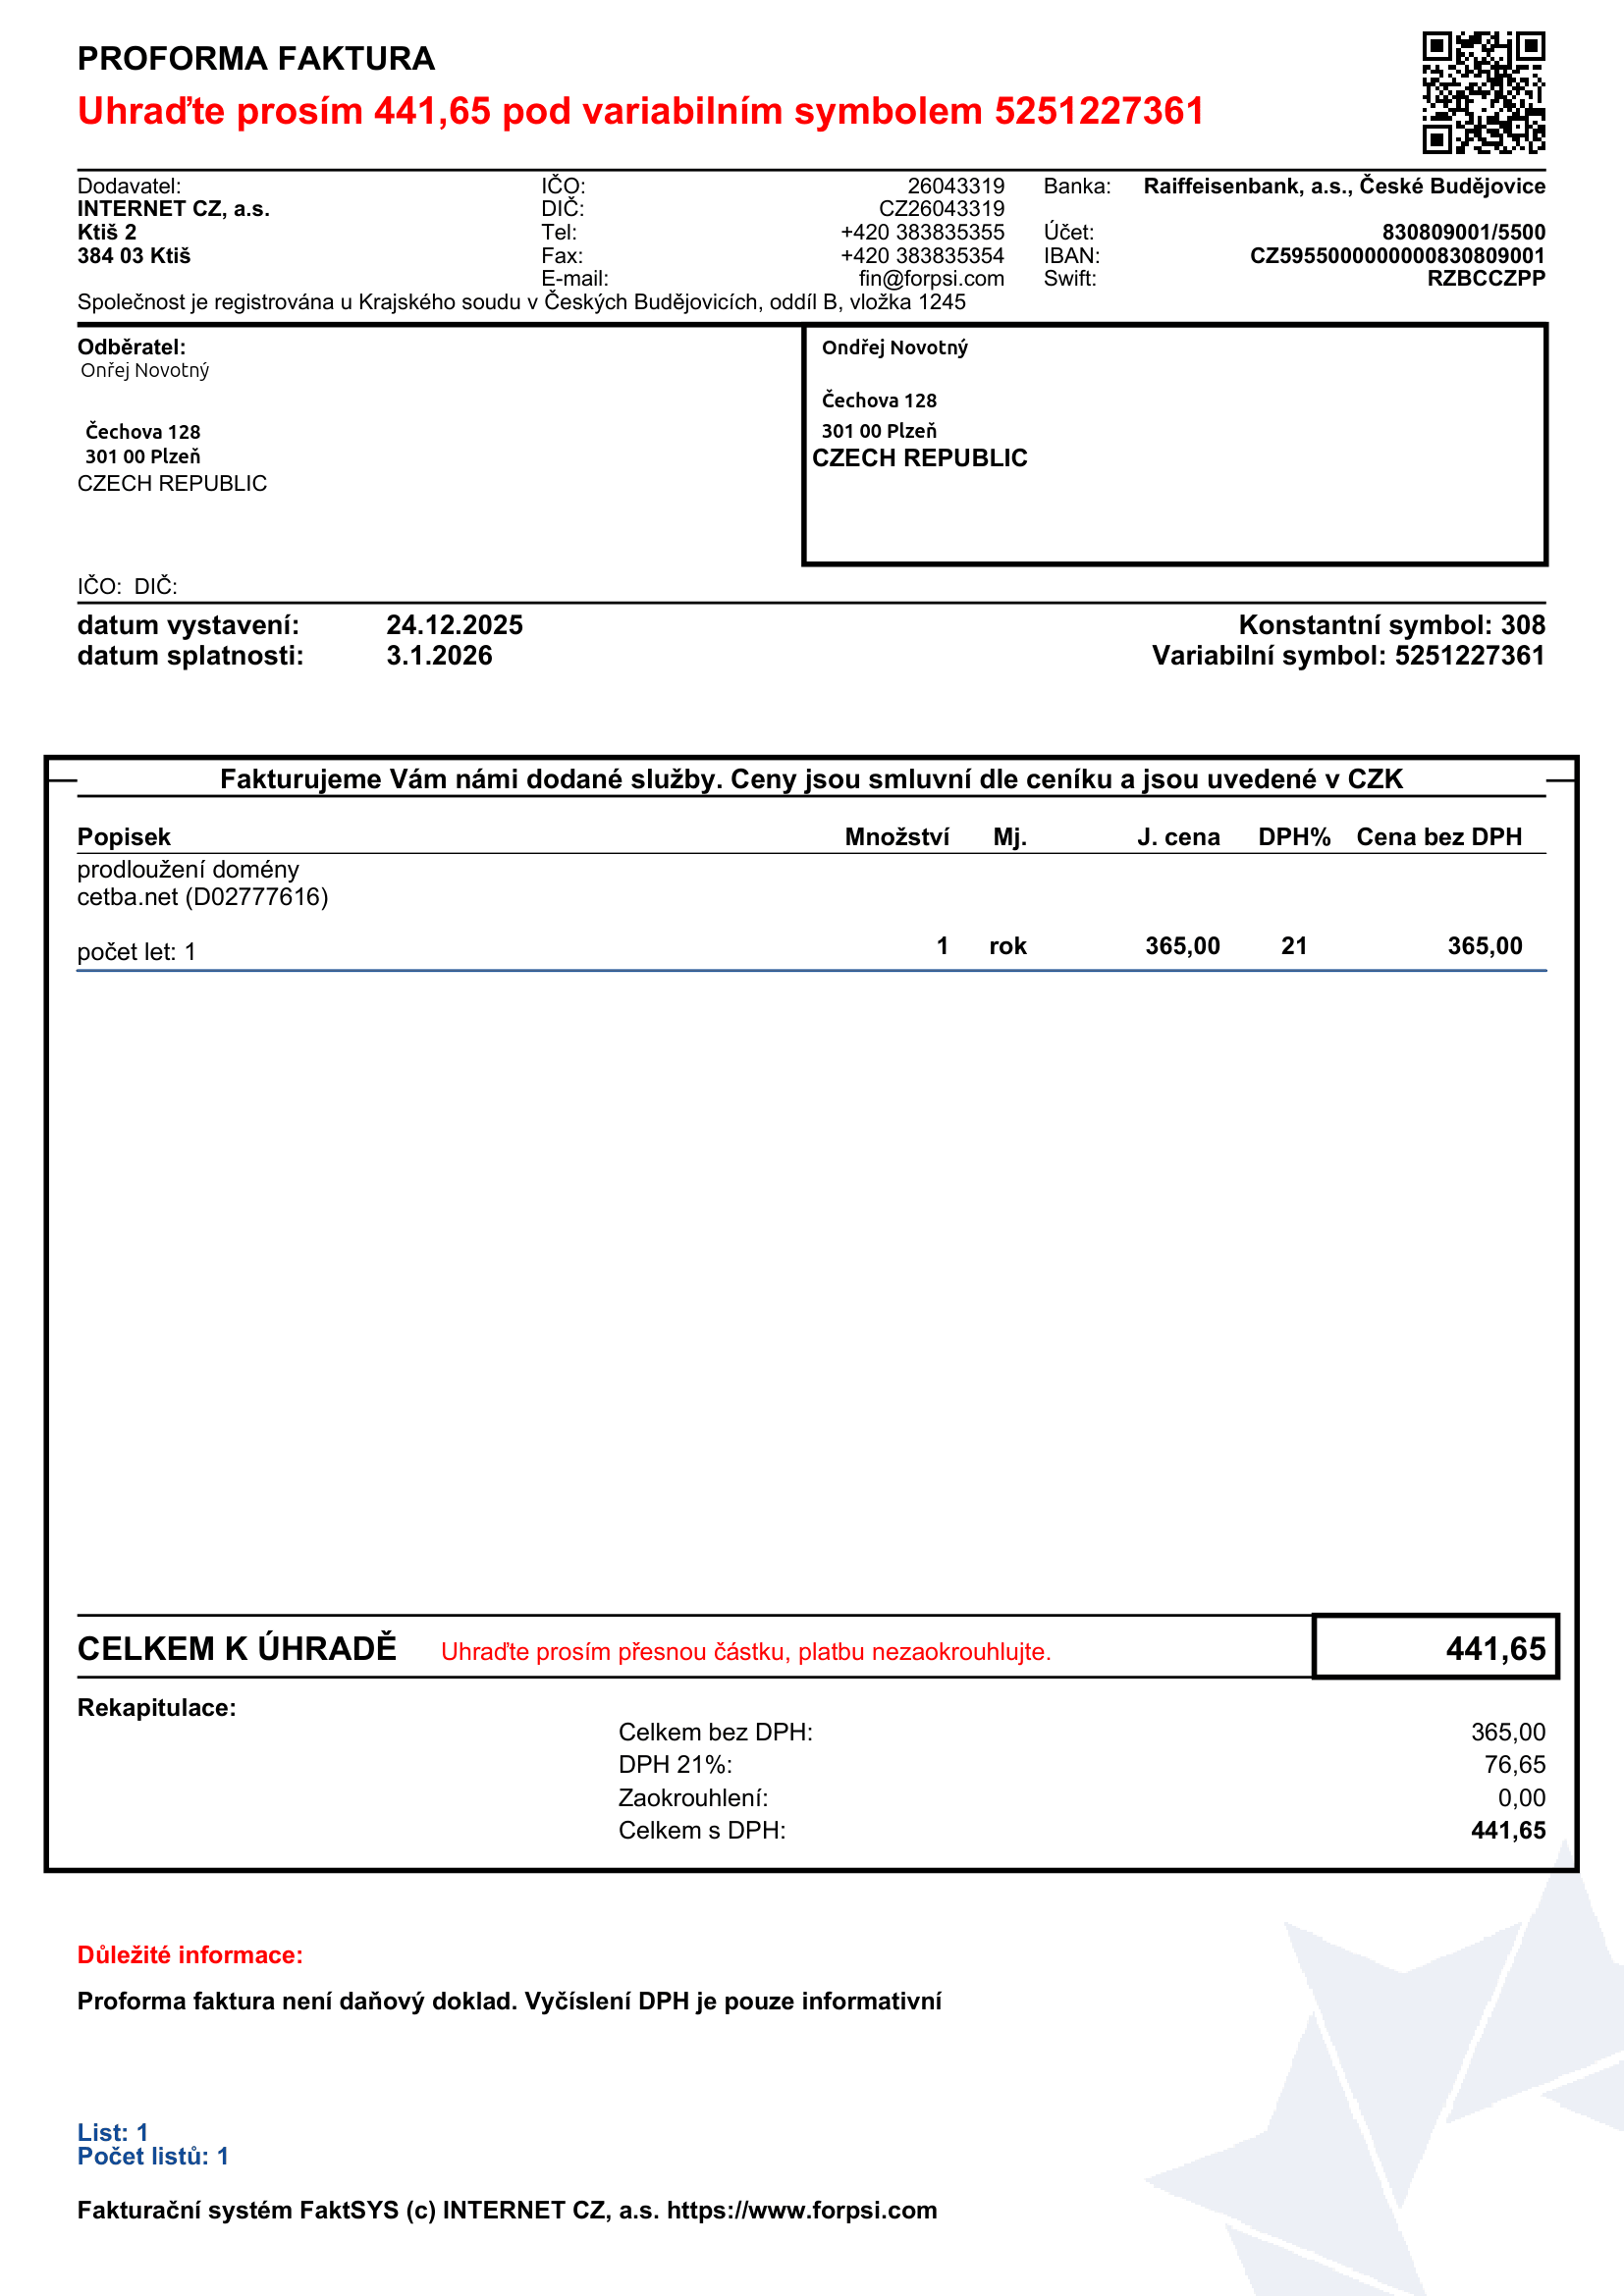
supp_register_id: 26043319
supp_tax_id: CZ26043319
issue_date: 24.12.2025
due_date: 3.1.2026
bank_account_number: 830809001/5500
iban: CZ5955000000000830809001
bic: RZBCCZPP
variable_symbol: 5251227361
const_symbol: 308
total: 441,65